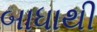
બાધાથી